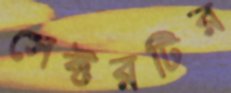
সেক্টরটির